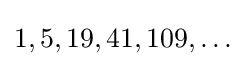
1,5,19,41,109,\ldots